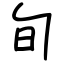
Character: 旬